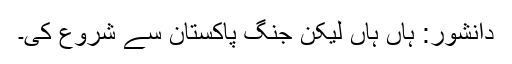
دانشور: ہاں ہاں لیکن جنگ پاکستان سے شروع کی۔